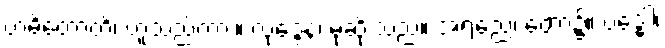
ဗာဓိတောတိ၊ ဟူသည်ကား။ လုဒ္ဒေန၊ မုဆိုးသည်။ အရညေ၊ တော၌။ ဗဒ္ဓေါ၊